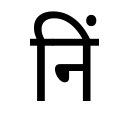
OCR:
निं